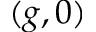
( g , 0 )